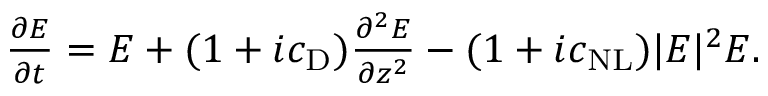
\begin{array} { r } { \frac { \partial E } { \partial t } = E + ( 1 + i c _ { \mathrm { D } } ) \frac { \partial ^ { 2 } E } { \partial z ^ { 2 } } - ( 1 + i c _ { \mathrm { N L } } ) | E | ^ { 2 } E . } \end{array}